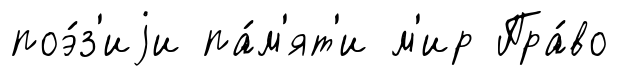
поэ́з'иjи па́м'ят'и м'ир Пра́во